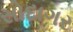
સોદાગર